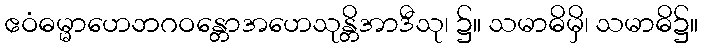
ဧဝံဓမ္မာဟေဘဂဝန္တောအဟေသုန္တိအာဒီသု၊ ၌။ သမာဓိမှိ၊ သမာဓိ၌။